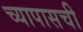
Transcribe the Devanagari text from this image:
च्यापासची